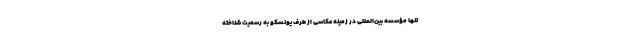
تنها مؤسسه بین‌المللی در زمینه عکاسی از طرف یونسکو به رسمیت شناخته